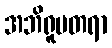
အဘိရူပတရာ